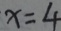
x = 4